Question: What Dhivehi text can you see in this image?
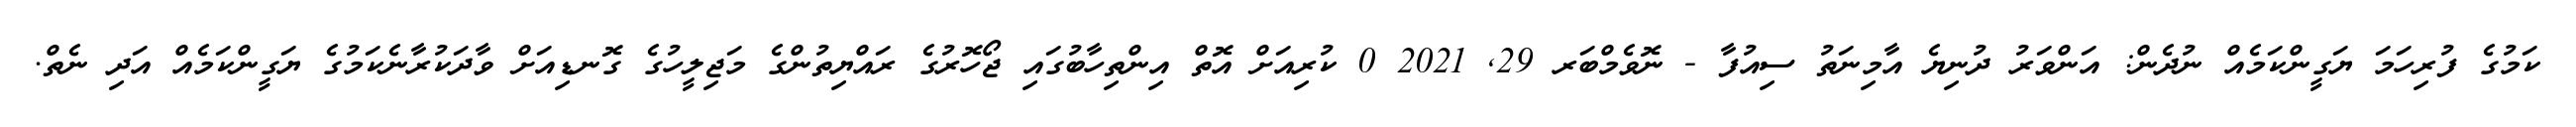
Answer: ކަމުގެ ފުރިހަމަ ޔަގީންކަމެއް ނުދެން: އަންވަރު ދުނިޔެ އާމިނަތު ސިއުފާ - ނޮވެމްބަރ 29, 2021 0 ކުރިއަށް އޮތް އިންތިހާބުގައި ޖޯހޮރުގެ ރައްޔިތުންގެ މަޖިލީހުގެ ގޮނޑިއަށް ވާދަކުރާނެކަމުގެ ޔަގީންކަމެއް އަދި ނެތް.